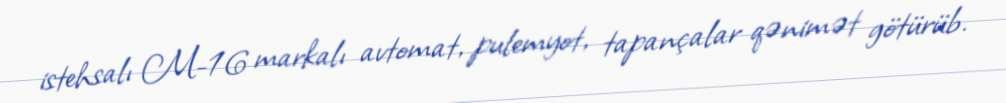
istehsalı M-16 markalı avtomat, pulemyot, tapançalar qənimət götürüb.